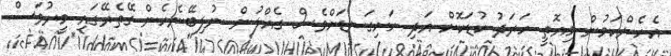
އެހެންކަމުން މިއޮތީ ހަރަދު ކުޑަކޮަށް އަދި ހަށިގަނޑަށްވެސް ގެއްލުން ނުލިބޭނެހެން ގޭތެރޭގައި މީރުވަސް